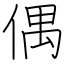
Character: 偶